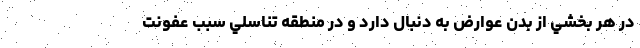
در هر بخشي از بدن عوارض به دنبال دارد و در منطقه تناسلي سبب عفونت